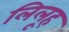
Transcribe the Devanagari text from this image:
लिलूह